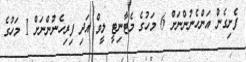
ފެށިގެން އަންހެނުންނަށް 6 މަހުގެ މެޓާނިޓީ ލީވް އަދި ފިރިހެނުންނަށް 1 މަހުގެ